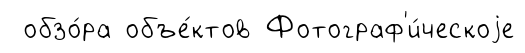
обзо́ра объе́ктов Фотограф'и́ческоjе